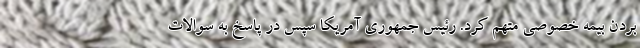
بردن بیمه خصوصی متهم کرد. رئیس جمهوری آمریکا سپس در پاسخ به سوالات